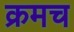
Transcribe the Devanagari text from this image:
क्रमच